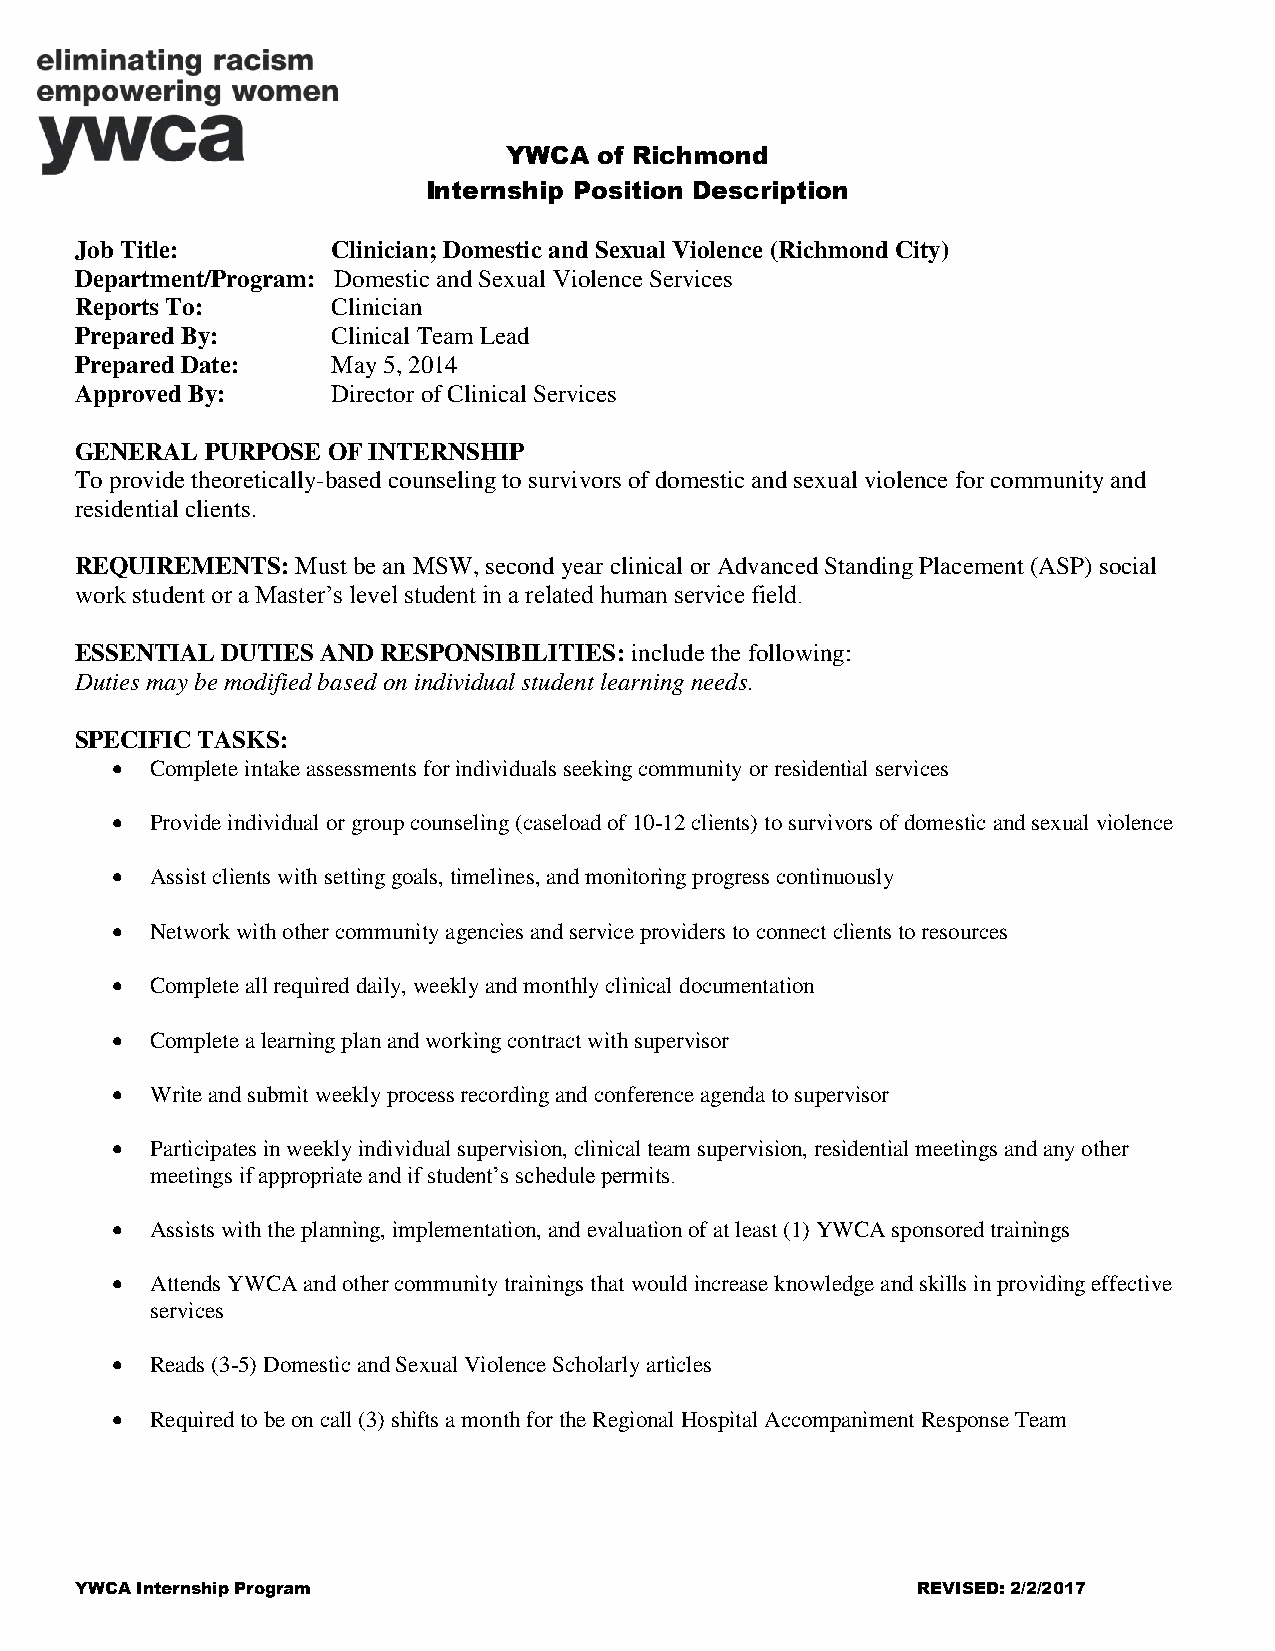
YWCA  of Richmond
 Internship Position Description
 Job Title:       Clinician; Domestic and Sexual Violence (Richmond City)
 Department/Program: Domestic and Sexual Violence Services
 Reports To:      Clinician
 Prepared By:     Clinical Team Lead
 Prepared Date:   May 5, 2014
 Approved By:     Director of Clinical Services
 GENERAL  PURPOSE OF INTERNSHIP
 To provide theoretically-based counseling to survivors of domestic and sexual violence for community and
 residential clients.
 REQUIREMENTS:  Must be an MSW, second year clinical or Advanced Standing Placement (ASP) social
 work student or a Master’s level student in a related human service field.
 ESSENTIAL DUTIES AND RESPONSIBILITIES: include the following:
 Duties may be modified based on individual student learning needs.
 SPECIFIC TASKS:
   Complete intake assessments for individuals seeking community or residential services
   Provide individual or group counseling (caseload of 10-12 clients) to survivors of domestic and sexual violence
   Assist clients with setting goals, timelines, and monitoring progress continuously
   Network with other community agencies and service providers to connect clients to resources
   Complete all required daily, weekly and monthly clinical documentation
   Complete a learning plan and working contract with supervisor
   Write and submit weekly process recording and conference agenda to supervisor
   Participates in weekly individual supervision, clinical team supervision, residential meetings and any other
 meetings if appropriate and if student’s schedule permits.
   Assists with the planning, implementation, and evaluation of at least (1) YWCA sponsored trainings
   Attends YWCA and other community trainings that would increase knowledge and skills in providing effective
 services
   Reads (3-5) Domestic and Sexual Violence Scholarly articles
   Required to be on call (3) shifts a month for the Regional Hospital Accompaniment Response Team
 YWCA Internship Program                                 REVISED: 2/2/2017